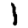
Digit: 1